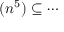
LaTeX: ( n ^ { 5 } ) \subseteq \cdots